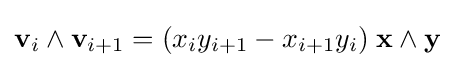
\mathbf {v} _{i}\wedge \mathbf {v} _{i+1}=(x_{i}y_{i+1}-x_{i+1}y_{i})\;\mathbf {x} \wedge \mathbf {y}